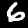
Label: 6